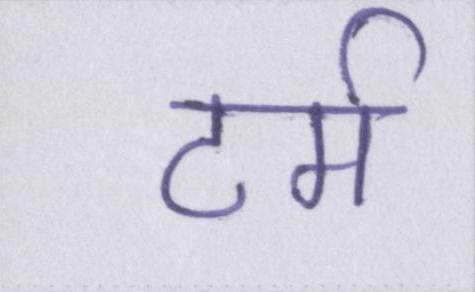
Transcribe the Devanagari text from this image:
टर्म